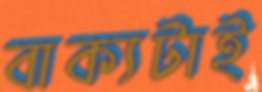
বাক্যটাই